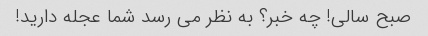
صبح سالی! چه خبر؟ به نظر می رسد شما عجله دارید!